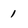
Character: 1